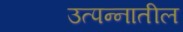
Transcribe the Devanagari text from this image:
उत्पन्‍नातील